Vaccine operations Central Provinces 1886-1899 - 1886-1899
Year: 1886
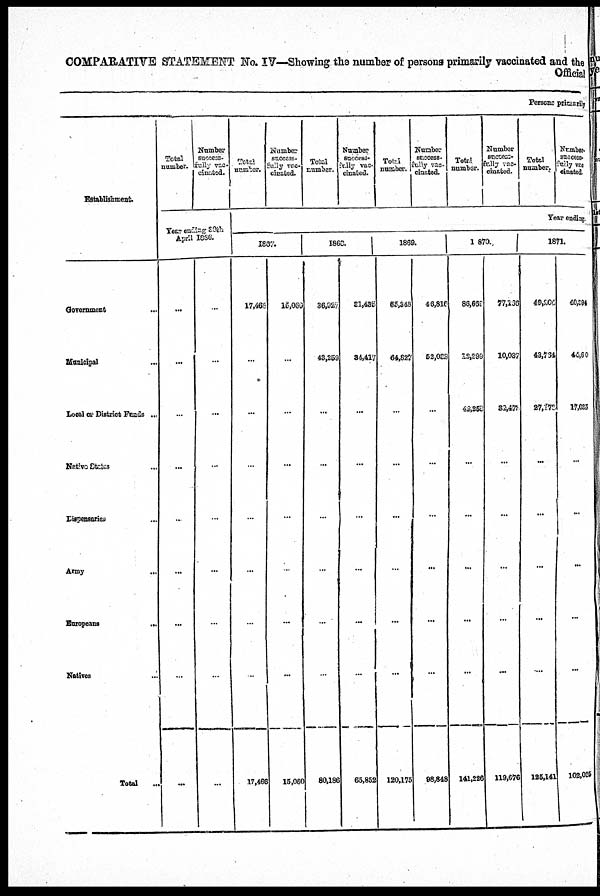
COMPARATIVE STATEMENT No. IV—Showing the number of persons primarily vaccinated and the
Official
Persons primarily
Establishment.
Government ...
Municipal ...
Local or District Funds ...
Native Stetas ...
Dispensaries ...
Army ...
Europeans
...
Natives ...
Total
...
Total
number.
Number
success-
fully vac-
cinated.
Year ending 30 th
April 1866.
...
...
...
...
...
...
...
...
...
...
...
...
...
...
...
...
...
...
Total
number.
Number
success-
fully vac-
cinated.
Total
number.
Number
success-
fully vac-
cinated.
Total
number.
Number
success-
fully vac-
cinated.
Total
number.
Number
success-
fully vac-
cinated.
Total
number.
Number.
success-
fully vac-
cinated.
Year ending.
1867.
17,466
...
...
...
...
...
...
...
17,466
15,060
...
...
...
...
...
...
...
15,060
1868.
36,927
43,259
...
...
...
...
...
...
80,186
31,435
34,417
...
...
...
...
...
...
65,852
1869.
65,348
64,827
...
...
...
...
...
...
120,175
46,816
52,032
...
...
...
...
...
...
98,848
1870.
86,669
12,299
42,258
...
...
...
...
...
141,226
77,156
10,037
32,473
...
...
...
...
...
119,676
1871.
40,264
48,764
27,173
...
...
...
...
...
125,141
40,894
46,60
17,133
...
...
...
...
...
102,025